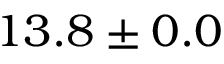
1 3 . 8 \pm 0 . 0